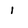
Character: i